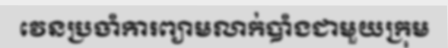
វេនប្រចាំការព្យាមលាក់បាំងជាមួយក្រុម